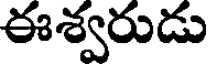
ఈశ్వరుడు